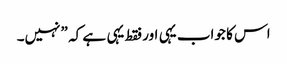
اس کا جواب یہی اور فقط یہی ہے کہ ”نہیں۔